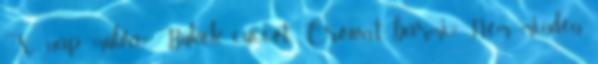
X nap múlva? Bukok cuccot, Crown-t, bármi? Nem, minden